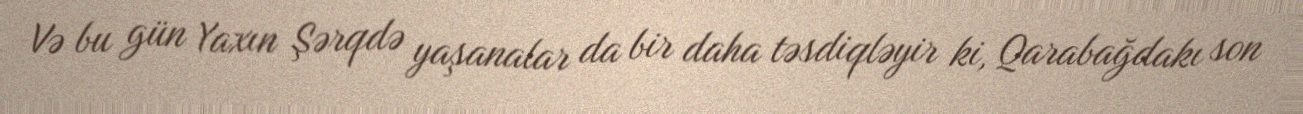
Və bu gün Yaxın Şərqdə yaşanalar da bir daha təsdiqləyir ki, Qarabağdakı son